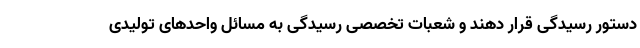
دستور رسیدگی قرار دهند و شعبات تخصصی رسیدگی به مسائل واحد‌های تولیدی